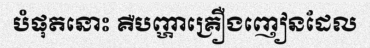
បំផុតនោះ គឺបញ្ហាគ្រឿងញៀនដែល